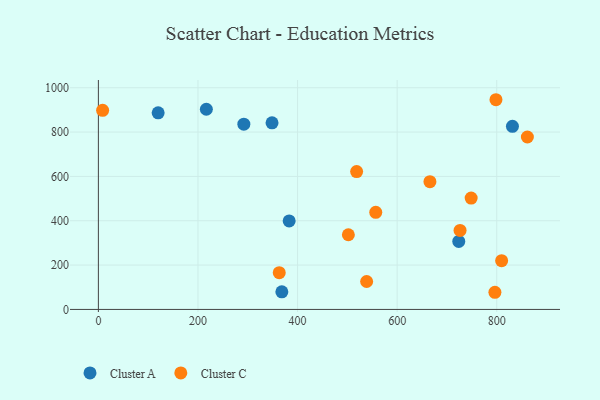
{"axis": {"x": "Investment", "y": "Rating"}, "legend": ["Cluster A", "Cluster C"], "data": [{"x": "216.8", "y": 902.9, "type": "Cluster A"}, {"x": "723.7", "y": 306.9, "type": "Cluster A"}, {"x": "120.0", "y": 886.7, "type": "Cluster A"}, {"x": "831.5", "y": 825.7, "type": "Cluster A"}, {"x": "348.7", "y": 841.5, "type": "Cluster A"}, {"x": "368.4", "y": 79.6, "type": "Cluster A"}, {"x": "292.1", "y": 835.7, "type": "Cluster A"}, {"x": "383.1", "y": 399.2, "type": "Cluster A"}, {"x": "726.3", "y": 356.6, "type": "Cluster C"}, {"x": "809.8", "y": 220.1, "type": "Cluster C"}, {"x": "798.4", "y": 945.9, "type": "Cluster C"}, {"x": "518.6", "y": 621.6, "type": "Cluster C"}, {"x": "861.5", "y": 777.7, "type": "Cluster C"}, {"x": "748.6", "y": 502.3, "type": "Cluster C"}, {"x": "502.0", "y": 336.8, "type": "Cluster C"}, {"x": "363.2", "y": 165.7, "type": "Cluster C"}, {"x": "8.5", "y": 898.3, "type": "Cluster C"}, {"x": "665.8", "y": 576.4, "type": "Cluster C"}, {"x": "538.7", "y": 126.1, "type": "Cluster C"}, {"x": "796.3", "y": 77.4, "type": "Cluster C"}, {"x": "557.0", "y": 437.8, "type": "Cluster C"}]}